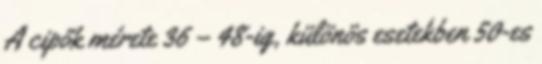
A cipők mérete 36 – 48-ig, különös esetekben 50-es